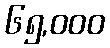
၆၅,၀၀၀